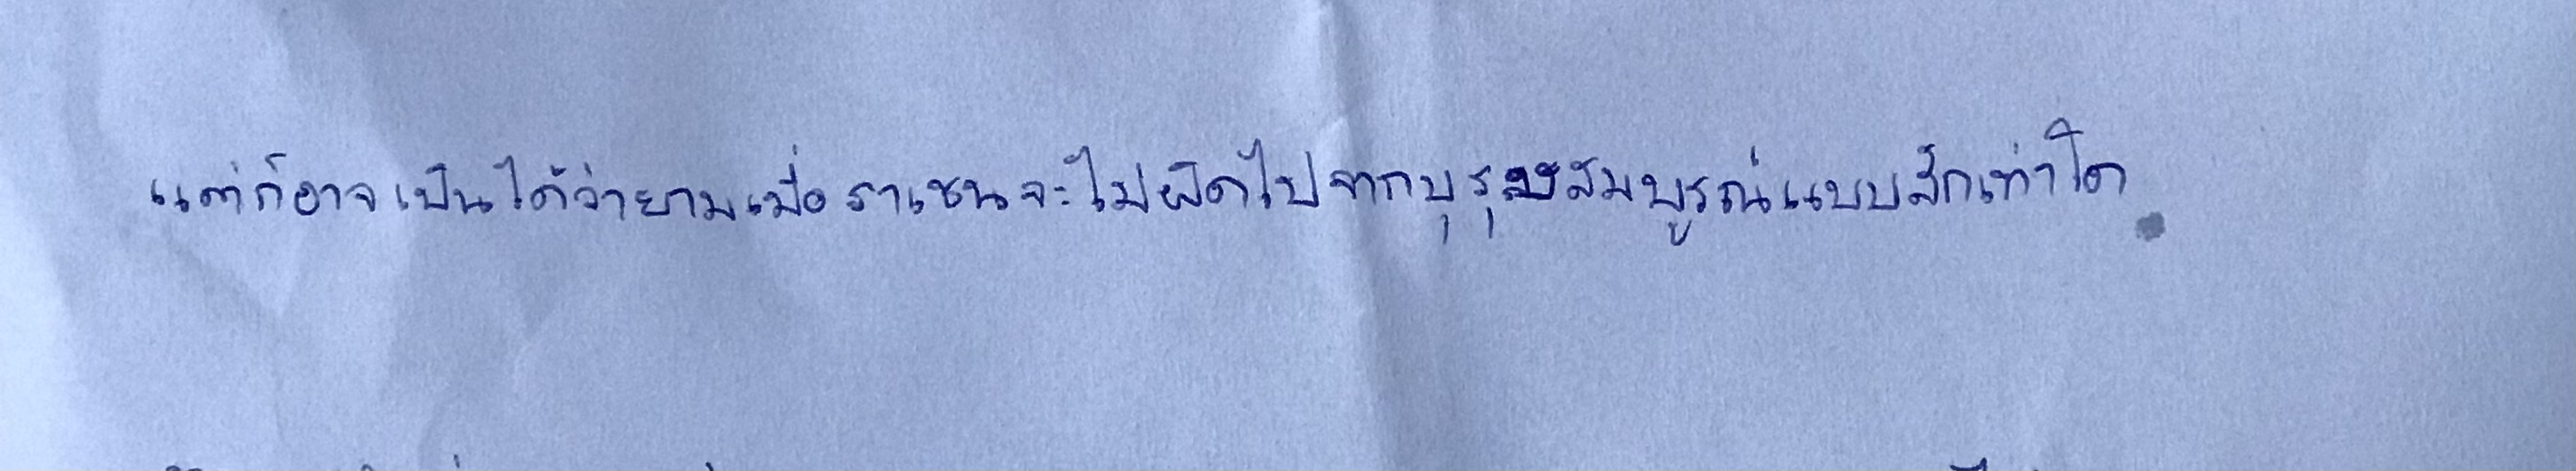
แต่ก็อาจเป็นได้ว่ายามเมื่อราเชนจะไม่ผิดไปจากบุรุษสมบูรณ์แบบสักเท่าใด